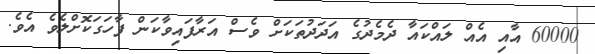
60000 އާއި އެއް ލައްކައާ ދެމެދުގެ އަދަދުތަކަށް ވެސް އަރާފައިވާކަން ފާހަގަކޮށްލެވެ އެވެ.